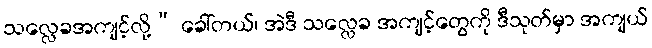
သလ္လေခအကျင့်လို့” ခေါ်တယ်၊ အဲဒီ သလ္လေခ အကျင့်တွေကို ဒီသုတ်မှာ အကျယ်